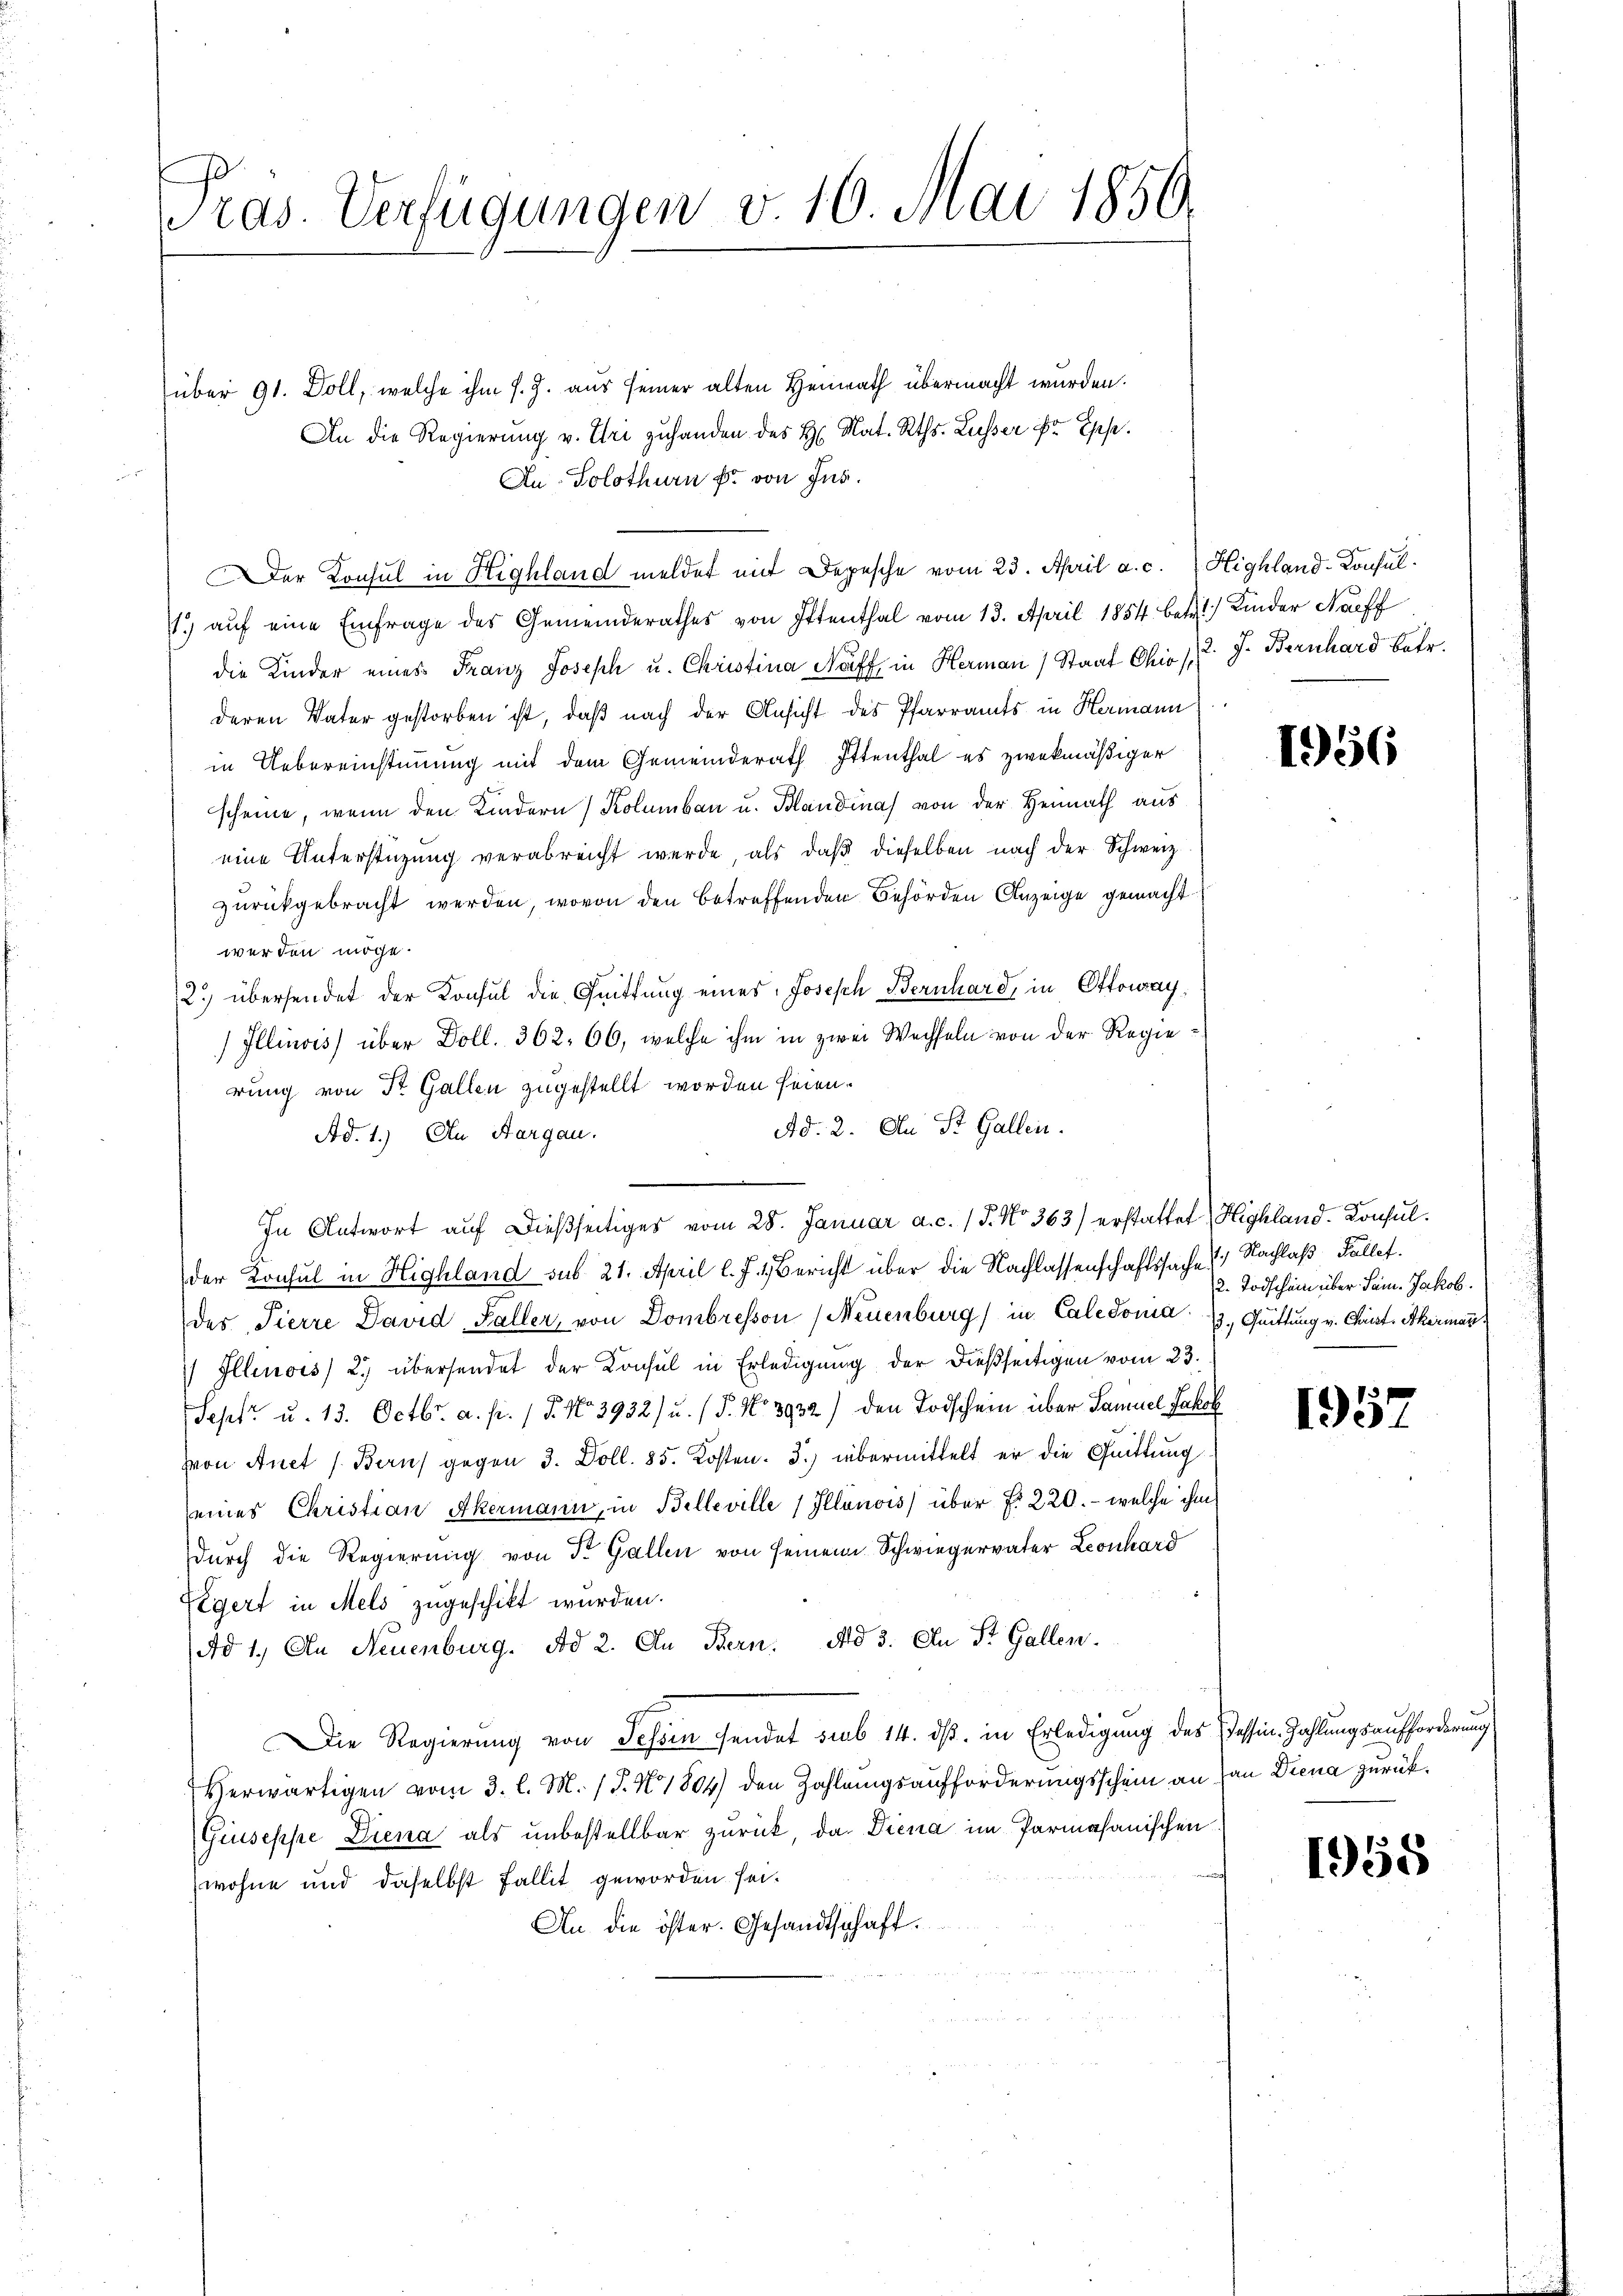
ras. Verfügungen v. 10. Mai 1850.

über 91. Doll, welche ihm s. Z. aus seiner alten Heinrath übermacht wurden.
An die Regierung v. Uri zuhanden des H. Nat. Rths. Lusser ist Esse
An Solothurn fr. von Jus
Der Konsul in Highland meldet mit Depesche vom 23. April a. c. Highland-Consul¬
1. aŭf eine Einfrage des Gemeinderathes von Ittenthal vom 13. April 1854 betr.) Kinder Nachf
die Kinder eines Franz Joseph u. Christina Naff in Herman Staat Chio 12. J. Bernhard betr.
deren Vater gestorben ist, daß nach der Ansicht des Pfarramts in Hermann
in Uebereinstimmung mit dem Gemeinderath Ottenthal es zwekmäßiger
scheine, wenn den Kindern Kolumbau u. Blandinas von der Heimath aus
eine Unterstützŭng verabreicht werde, als daβ dieselben nach der Schweiz.
zurückgebracht werden, wovon den betreffenden Behörden Anzeige gemacht
werden möge.
2.) übersendet der Konsul die Quittung eines Joseph Bernhard, in Ottouray¬
Illinois) über Doll. 362. 66, welche ihm in zwei Wechseln von der Regierung von St. Gallen zugestellt worden seien.
Ad. 2. An St. Gallen.
Ad. 1.) An Aargau.
In Antwort auf dießseitiges vom 28. Januar a. c. 15. No 363) erstattet (Highland. Konsul
der Konsul in Highland sub 21. April l. J. 1. Bericht über die Nachlassenschaftssache Nachlaß Fallet.
des Pierre David Faller, von Dombresson (Neuenburg) in Caledonia 2. Quittung v. Christ Akermann
 Illinois) 2) übersendet der Konsul in Erledigung der dießseitigen vom 23.
Sept. u. 13. Octbr. a. p. / 5. No 3932) u. (T. No 3932) den Todschein über Samuel Jakob
Von Auct /Barus gegen 3. Doll. 85. Kosten. 3.) übermittelt er die Quittung
seines Christian Akermann, in Belleville (Illánois) über No 220. - welche ihm
durch die Regierung von St. Gallen von seinem Schwiegervater Leonhard
Egert in Mels zugeschikt wurden.
Ad 1. An Neuenburg. Ad 2. In Bern. Ad 3. An St. Gallen.
Die Regierung von Sessen sendet sub 14. dß. in Erledigung des Tessin Zahlungsaufforderung
Herwärtigen vom 3. l. M. (T. N 1804) den Zahlungsaufforderungsschein an an Diena zurück¬
Giuseppe Diena als unbestellbar zurück, da Diena im Parmahanischen
wohne und daselbst Fallit geworden sei.
An die öster. Gesandtschaft.

1956

2. Todschein über Sam. Jakob.

1958

1958